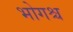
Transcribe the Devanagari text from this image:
भोगश्च